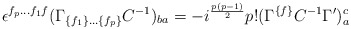
\begin{align*}\epsilon ^{f_{p} \ldots f_{ 1} f}(\Gamma _{\{f_{1}\} \ldots \{f_{ p} \}} C^{-{ 1}})_{{ ba}} =- i^{{{p(p-1) \over 2}}} p! (\Gamma^{\{ f \}} C^{-{ 1}}\Gamma^\prime)^{c}_{a}\end{align*}